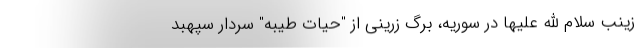
زینب سلام الله علیها در سوریه، برگ زرینی از "حیات طیبه" سردار سپهبد